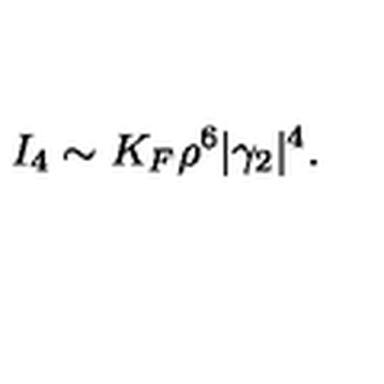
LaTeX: I _ { 4 } \sim K _ { F } \rho ^ { 6 } | \gamma _ { 2 } | ^ { 4 } .